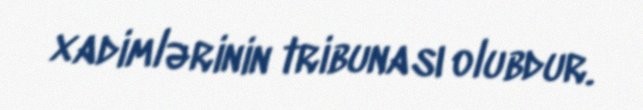
xadimlərinin tribunası olubdur.